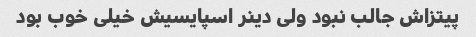
پیتزاش جالب نبود ولی دینر اسپایسیش خیلی خوب بود